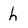
Character: h